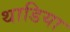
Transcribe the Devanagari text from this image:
थाडिया